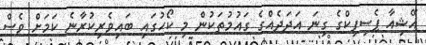
އޭޝިއާ ޕެސިފިކްގެ ގިނަ އަދަދެއްގެ ގައުމުތަކުން މި ކޯހުގައި ބައިވެރިކުރާނެ ކަމަށް ވެސް